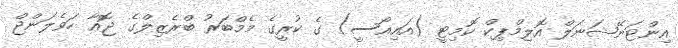
އިންޓަނޭޝަނަލް އޮލިމްޕިކް ކޮމިޓީ (އައިއޯސީ) ގެ ކުރީގެ މެމްބަރު ބްރެޒިލްގެ ޖޮއާ ހަވެލަންޖް